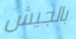
بالجيش